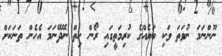
ނޫންނަމަ ނުވަތަ ވަކި ބަޔެއްގެ ކުރިމަތީގައި ރޯން ހިތް ނޭދޭނަމަ އެެހެން ތަނަކަށް